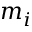
m _ { i }